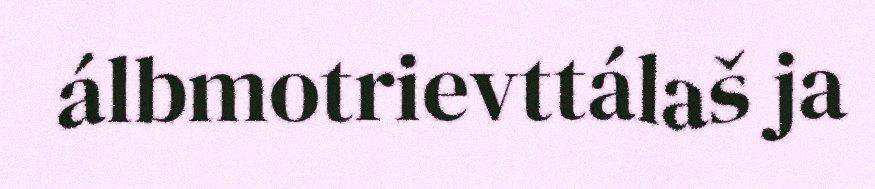
álbmotrievttálaš ja